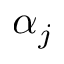
\alpha _ { j }